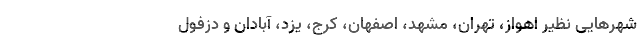
شهرهایی نظیر اهواز، تهران، مشهد، اصفهان، کرج، یزد، آبادان و دزفول